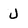
Character: U